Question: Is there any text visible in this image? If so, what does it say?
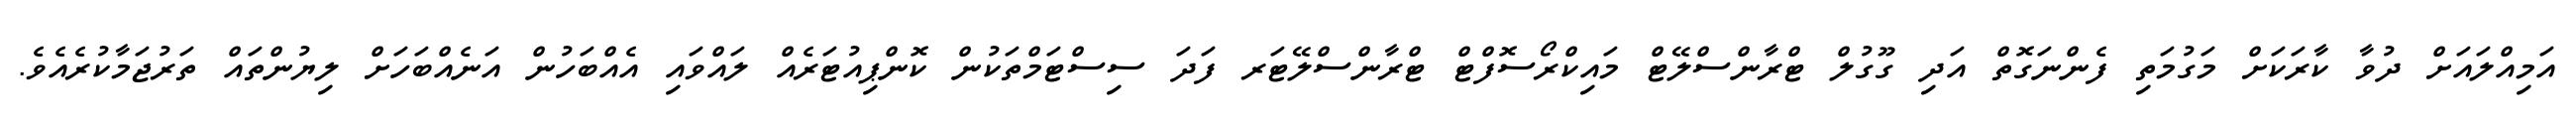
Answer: އަމިއްލައަށް ދުވާ ކާރަކަށް މަގުމަތި ފެންނަގޮތް އަދި ގޫގުލް ޓްރާންސްލޭޓް މައިކްރޯސޮފްޓް ޓްރާންސްލޭޓަރ ފަދަ ސިސްޓަމްތަކުން ކޮންޕިއުޓަރެއް ލައްވައި އެއްބަހުން އަނެއްބަހަށް ލިޔުންތައް ތަރުޖަމާކުރެއެވެ.